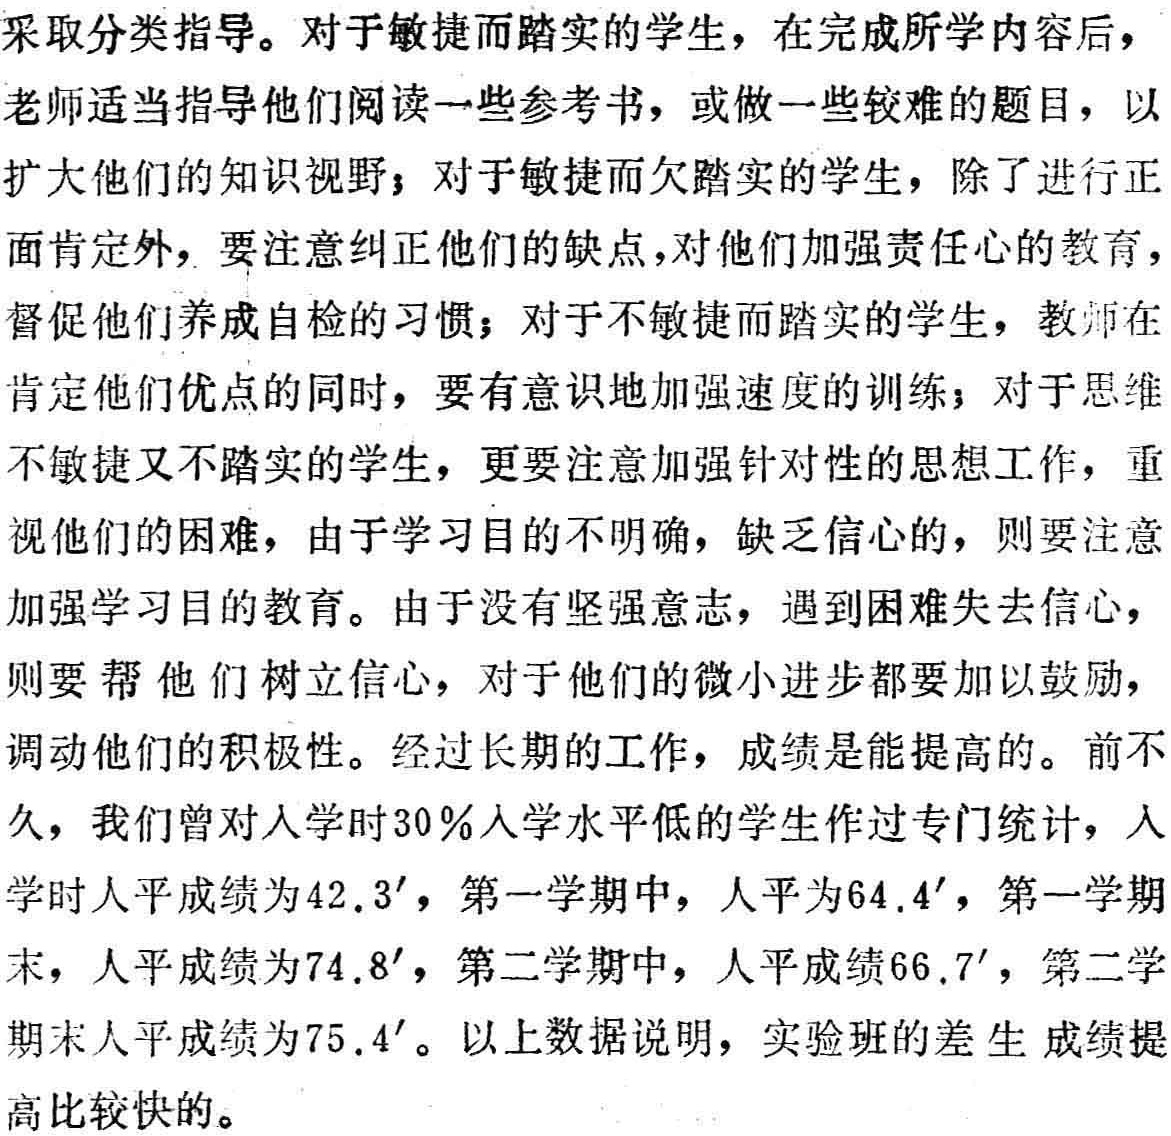
采取分类指导。对于敏捷而踏实的学生，在完成所学内容后，老师适当指导他们阅读一些参考书，或做一些较难的题目，以扩大他们的知识视野；对于敏捷而欠踏实的学生，除了进行正面肯定外，要注意纠正他们的缺点，对他们加强责任心的教育，督促他们养成自检的习惯；对于不敏捷而踏实的学生，教师在肯定他们优点的同时，要有意识地加强速度的训练；对于思维不敏捷又不踏实的学生，更要注意加强针对性的思想工作，重视他们的困难，由于学习目的不明确，缺乏信心的，则要注意加强学习目的的教育。由于没有坚强意志，遇到困难失去信心，则要帮他们树立信心，对于他们的微小进步都要加以鼓励，调动他们的积极性。经过长期的工作，成绩是能提高的。前不久，我们曾对入学时30％入学水平低的学生作过专门统计，入学时人平成绩为42.3$'$，第一学期中，人平为64.4$'$，第一学期末，人平成绩为74.8$'$，第二学期中，人平成绩66.7$'$，第二学期末人平成绩为75.4$'$。以上数据说明，实验班的差生成绩提高比较快的。